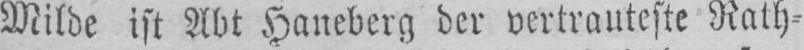
Milde ist Abt Haneberg der vertrauteste Rath⸗